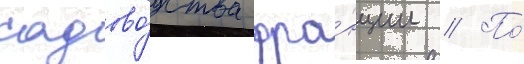
садово́дства фра́нции // По́